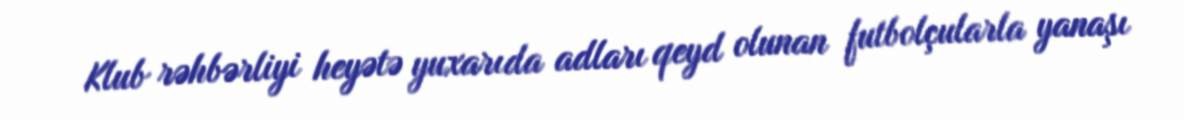
Klub rəhbərliyi heyətə yuxarıda adları qeyd olunan futbolçularla yanaşı